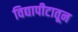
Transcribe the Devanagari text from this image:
विद्यापीटातून